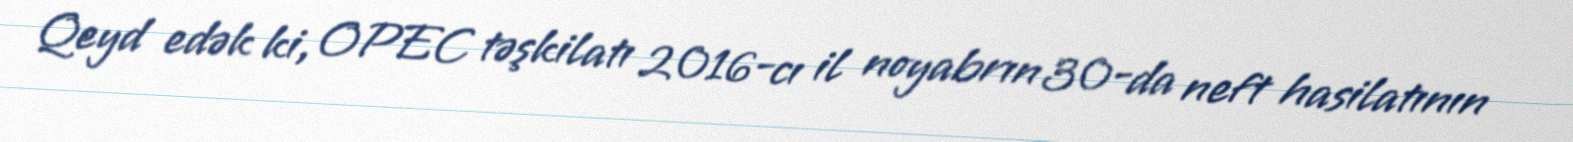
Qeyd edək ki, OPEC təşkilatı 2016-cı il noyabrın 30-da neft hasilatının